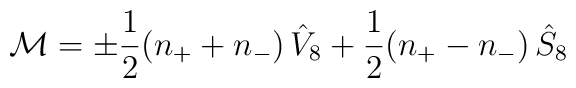
{\cal M} = \pm \frac{1}{2} (n_+ + n_-) \, \hat V _8 + \frac{1}{2} (n_+ -n_-) \, \hat S _8